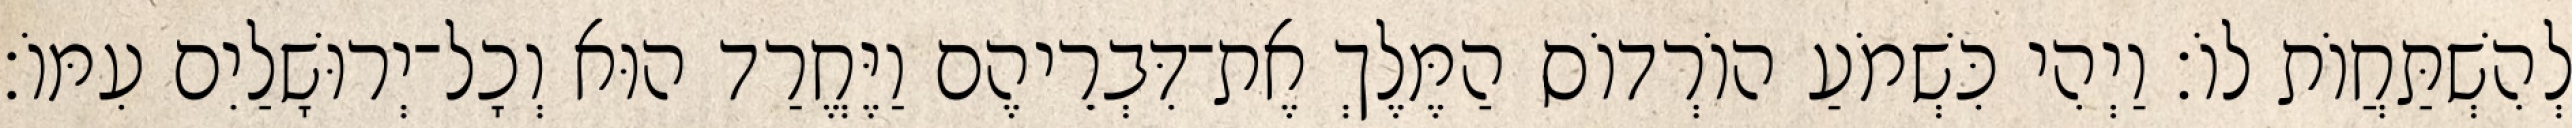
לְהִשְׁתַּחֲוֹת לוֹ׃ וַיְהִי כִּשְׁמֹעַ הוֹרְדוֹס הַמֶּלֶךְ אֶת־דִּבְרֵיהֶם וַיֶּחֱרַד הוּא וְכָל־יְרוּשָׁלַיִם עִמּוֹ׃